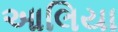
આલિયા